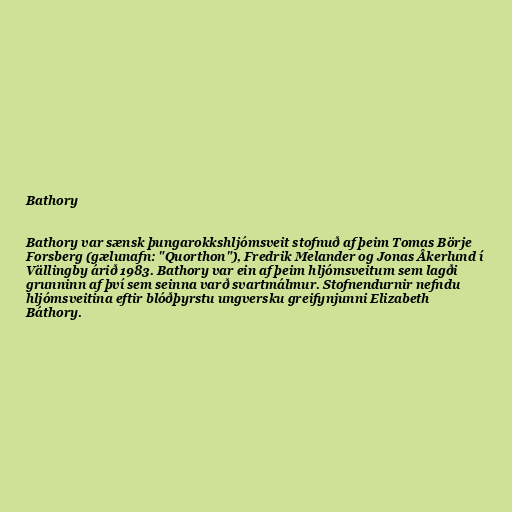
Bathory

Bathory var sænsk þungarokkshljómsveit stofnuð af þeim Tomas Börje
Forsberg (gælunafn: "Quorthon"), Fredrik Melander og Jonas Åkerlund í
Vällingby árið 1983. Bathory var ein af þeim hljómsveitum sem lagði
grunninn af því sem seinna varð svartmálmur. Stofnendurnir nefndu
hljómsveitina eftir blóðþyrstu ungversku greifynjunni Elizabeth
Báthory.